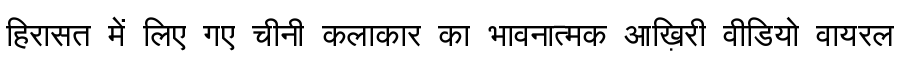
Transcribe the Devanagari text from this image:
हिरासत में लिए गए चीनी कलाकार का भावनात्मक आख़िरी वीडियो वायरल